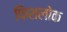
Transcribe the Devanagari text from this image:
फिशलोक